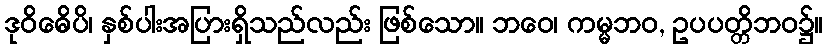
ဒုဝိဓေိပိ၊ နှစ်ပါးအပြားရှိသည်လည်း ဖြစ်သော။ ဘဝေ၊ ကမ္မဘဝ, ဥပပတ္တိဘဝ၌။